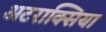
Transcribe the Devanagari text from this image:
अटराक्सिया